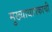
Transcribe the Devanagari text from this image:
मुख्याधापकाची